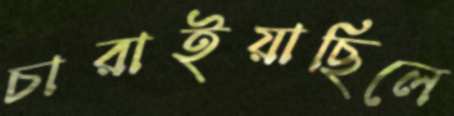
চারাইয়াছিলে